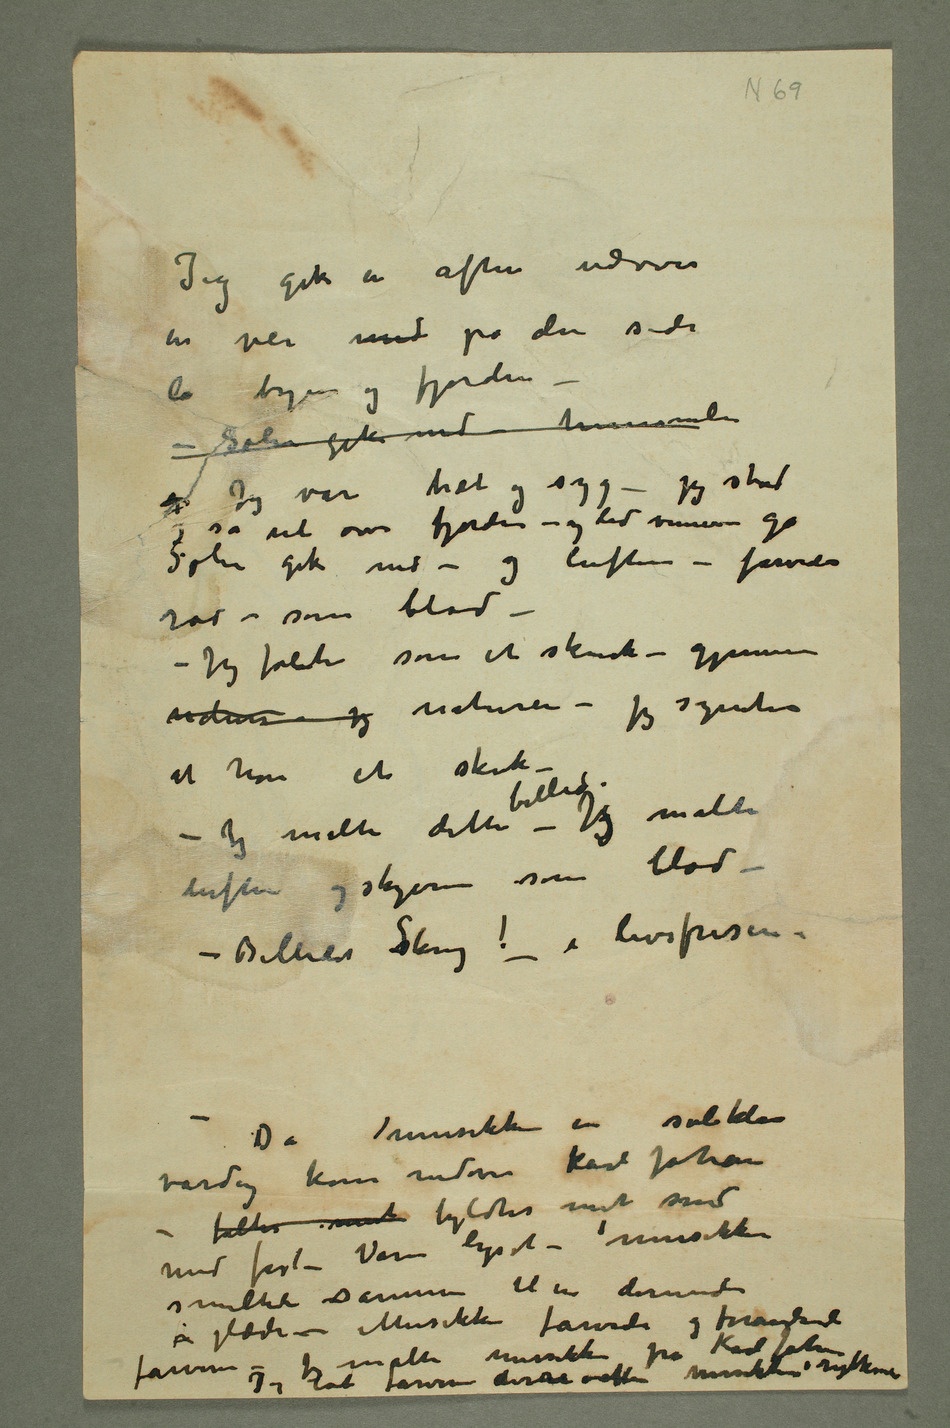
Jeg gik en aften nedover
en vei med på den side
lå byen og fjorden –
– Solen gik ned – himmelen
Jeg var træt og syg – jeg stod
og så ret over fjorden – og lod vennerne gå.
Solen gik ned – og luften – farvedes
rød – som blod – –
Jeg følte som et skrik – gjennem
naturen – jeg naturen – jeg syntes
at høre et skrik –
– Jeg malte dette billed – Jeg malte
luften og skyerne som
– Billedet sSkrig! – i livsfrisen. –
Da musikken en solklar
vårdag kom nedover Karl Johan
– føltes mit fyldtes mit sind
med fest – Våren lyset – musikken
smeltet sammen til en dirrende
glæde – Musikken farvede og forandrede farverne –